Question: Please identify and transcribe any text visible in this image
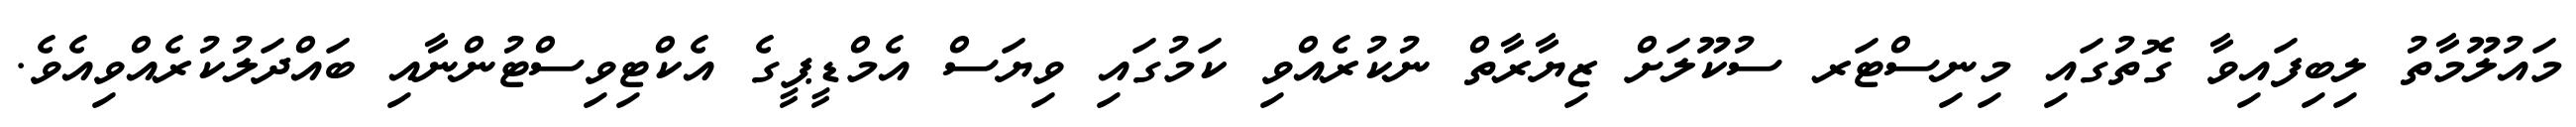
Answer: މައުލޫމާތު ލިބިފައިވާ ގޮތުގައި މިނިސްޓަރ ސުކޫލަށް ޒިޔާރާތް ނުކުރެއްވި ކަމުގައި ވިޔަސް އެމްޑީޕީގެ އެކްޓިވިސްޓުންނާއި ބައްދަލުކުރެއްވިއެވެ.